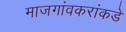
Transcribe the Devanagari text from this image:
माजगांवकरांकडे